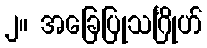
၂။ အခြေပြုသင်္ဂြိုဟ်